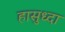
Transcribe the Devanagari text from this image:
हासुध्दा